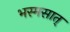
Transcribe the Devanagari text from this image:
भस्मसात्‌